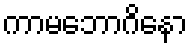
ကာမဘောဂိနော